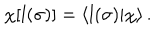
\chi [ l ( \sigma ) ] = \langle l ( \sigma ) | \chi \rangle \, .